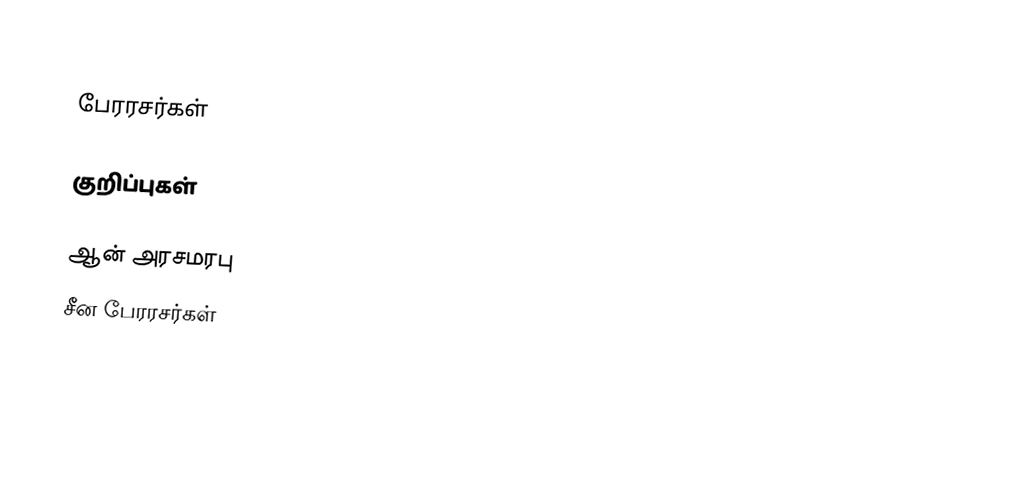

பேரரசர்கள்

குறிப்புகள்

ஆன் அரசமரபு
சீன பேரரசர்கள்